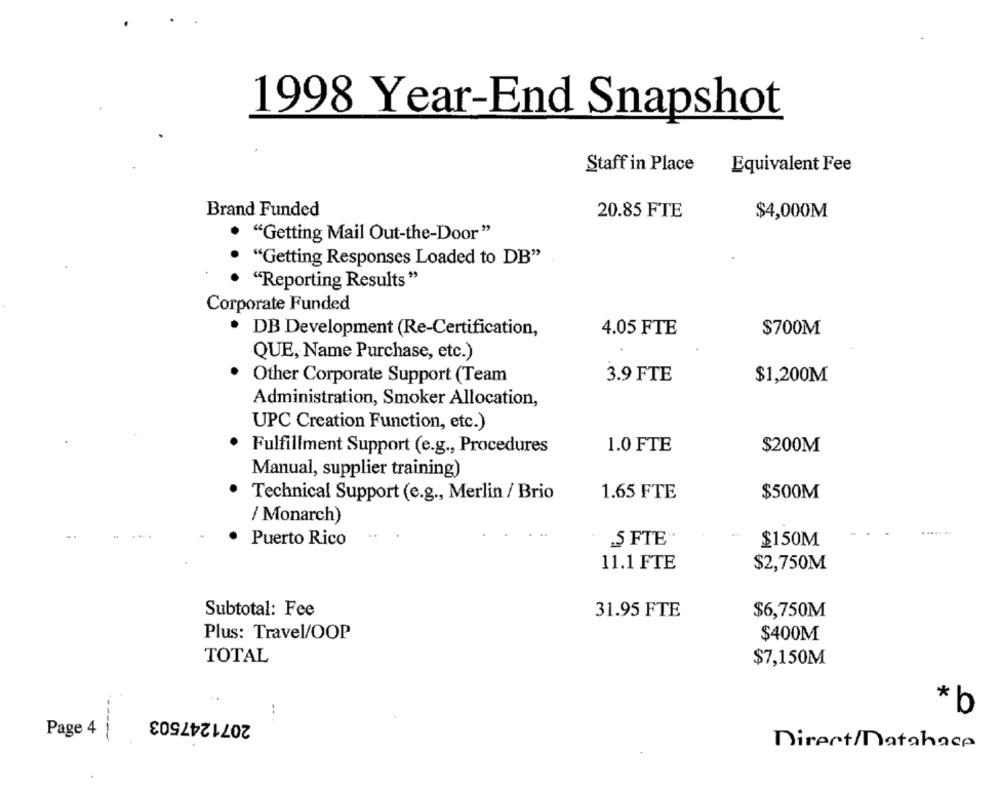
1998 Year-End Snapshot
Staff in Place
Equivalent Fee
Brand Funded
20.85 FTE
$4,000M
"Getting Mail Out-the-Door"
.
"Getting Responses Loaded to DB"
"Reporting Results"
Corporate Funded
DB Development (Re-Certification,
4.05 FTE
$700M
QUE, Name Purchase, etc.)
. Other Corporate Support (Team
3.9 FTE
$1,200M
Administration, Smoker Allocation,
UPC Creation Function, etc.)
Fulfillment Support (e.g ., Procedures
1.0 FTE
$200M
Manual, supplier training)
· Technical Support (e.g ., Merlin / Brio
1.65 FTE
$500M
/ Monarch)
..... ..
-
Puerto Rico
S FTE
$150M
11.1 FTE
$2,750M
Subtotal: Fee
31.95 FTE
$6,750M
Plus: Travel/OOP
$400M
TOTAL
$7,150M
2071247503
..
* b
Page 4
Direct/Datahace